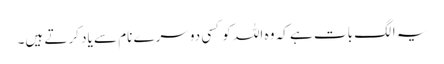
یہ الگ بات ہے کہ وہ اللہ کو کسی دوسرے نام سے یاد کرتے ہیں۔